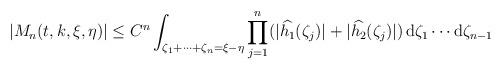
LaTeX: \begin{align*} |M_n(t,k,\xi,\eta)|\leq C^n\int_{\zeta_1+\cdots+\zeta_n=\xi-\eta}\prod_{j=1}^n(|\widehat{h_1}(\zeta_j)|+|\widehat{h_2}(\zeta_j)|)\,\mathrm{d}\zeta_1\cdots\mathrm{d}\zeta_{n-1} \end{align*}